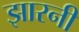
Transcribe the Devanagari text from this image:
झारनी